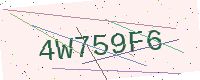
Text: 4W759F6